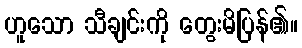
ဟူသော သီချင်းကို တွေးမိပြန်၏။